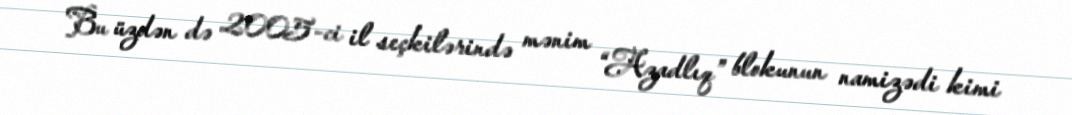
Bu üzdən də 2005-ci il seçkilərində mənim “Azadlıq” blokunun namizədi kimi